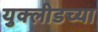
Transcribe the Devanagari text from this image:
युक्लीडच्या